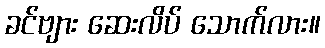
ခင်ဗျား ဆေးလိပ် သောက်လား။